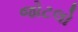
જોટલો